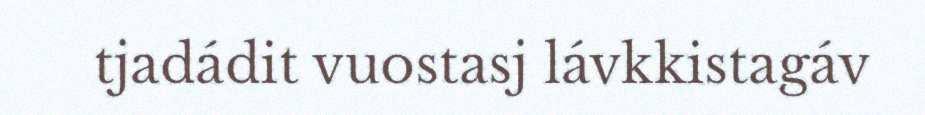
tjadádit vuostasj lávkkistagáv